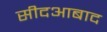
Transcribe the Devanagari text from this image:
सीदआबाद